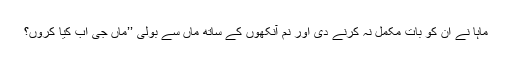
ماہا نے ان کو بات مکمل نہ کرنے دی اور نم آنکھوں کے ساتھ ماں سے بولی ’’ماں جی اب کیا کروں؟